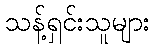
သန့်ရှင်းသူများ